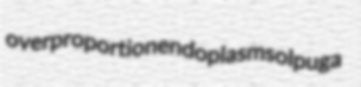
overproportion endoplasm solpuga